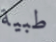
طبية